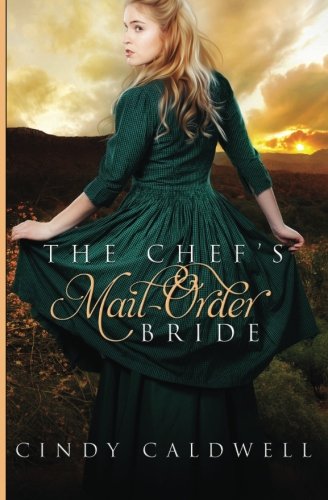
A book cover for The Chef's Mail Order Bride (Wild West Frontier Brides) (Volume 1); Cindy Caldwell; Romance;